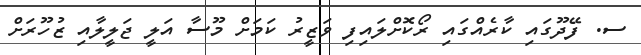
ސ. ފޭދޫގައި ކާރެއްގައި ރޯކޮށްލައިފި ވަޒީރު ކަމަށް މޫސާ އަލީ ޖަލީލާއި ޒުހޫރަށް